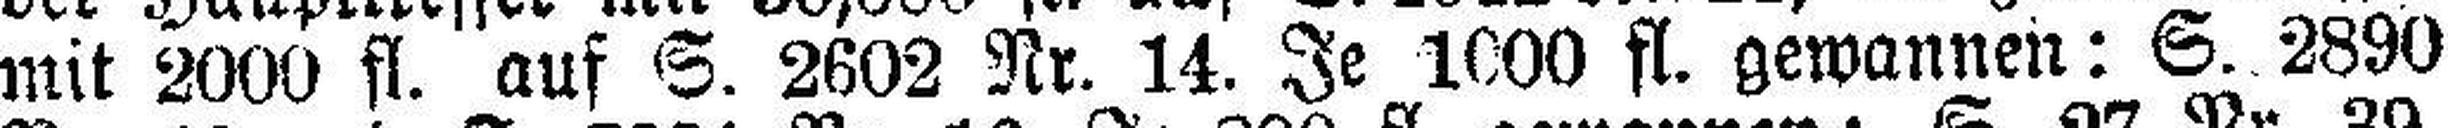
mit 2000 fl. auf S. 2602 Nr. 14. Je 1000 fl. gewannen: S. 2890